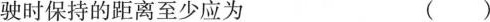
驶时保持的距离至少应为 ()